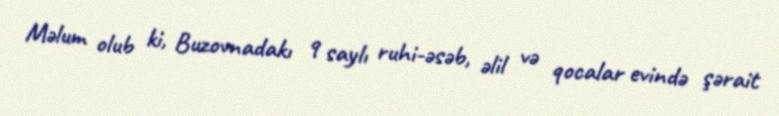
Məlum olub ki, Buzovnadakı 9 saylı ruhi-əsəb, əlil və qocalar evində şərait